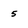
Character: 5